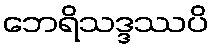
ဘေရိသဒ္ဒဿပိ